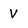
Character: V